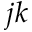
j k